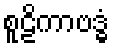
စူဠိကာဗဒ္ဓံ